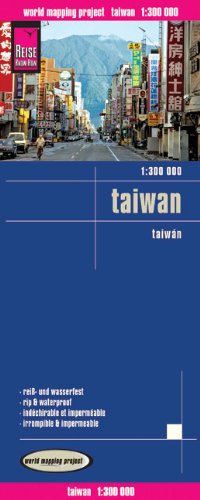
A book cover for Taiwan; Reise Know-How Verlag; Travel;